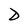
Character: D